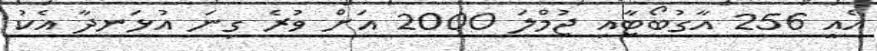
އެއީ 256 އާގުބޯޓާއި ޖުމްލަ 2000 އަށް ވުރެ ގިނަ އުޅަނދާ އެކު